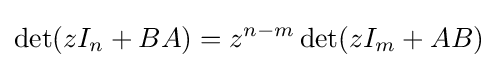
\det(zI_{n}+BA)=z^{n-m}\det(zI_{m}+AB)